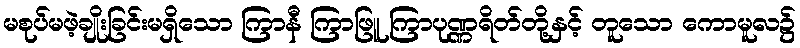
မစုပ်မဖဲ့ချိုးခြင်းမရှိသော ကြာနီ ကြာဖြူ ကြာပုဏ္ဏရိတ်တို့နှင့် တူသော ကောမူလ၌